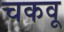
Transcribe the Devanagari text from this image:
चकवू